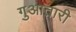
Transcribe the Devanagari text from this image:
गुआतारी